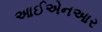
આઈએનઆર